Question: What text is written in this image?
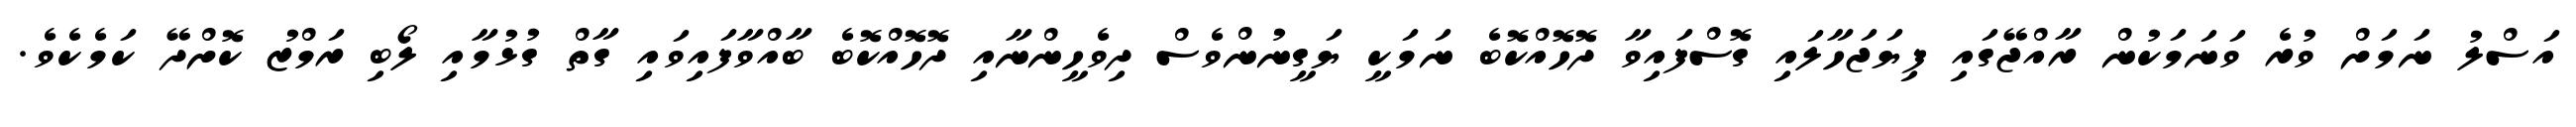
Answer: އަސްލު ނަމަށް ވުރެ ވަނަމަކުން ރާއްޖޭގައި ފިޔަޖަހާލައި ގޮސްފައިވާ ދޮހޮއްކޮބެ ނަމަކީ ޔަގީނުންވެސް ދިވެހީންނާއި ދޮހޮއްކޮބެ ބާއްވާފައިވައި ގާތް ގުޅުމާއި ލޯބި ރަމްޒު ކޮށްދޭ ކަމެކެވެ.